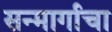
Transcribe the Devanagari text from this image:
सन्मार्गाचा